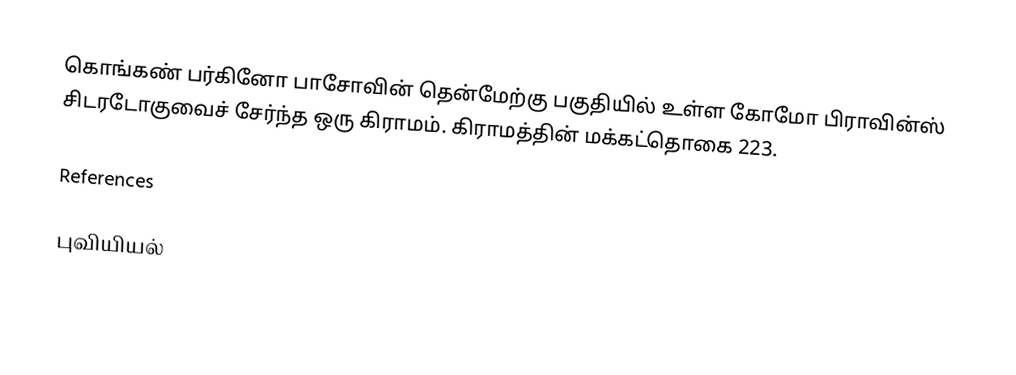
கொங்கண்  பர்கினோ பாசோவின் தென்மேற்கு பகுதியில் உள்ள கோமோ பிராவின்ஸ் சிடரடோகுவைச் சேர்ந்த ஒரு கிராமம். கிராமத்தின் மக்கட்தொகை 223.

References

புவியியல்